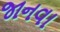
જાનવા